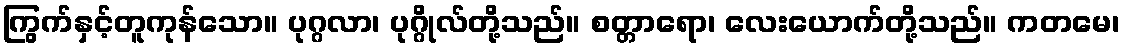
ကြွက်နှင့်တူကုန်သော။ ပုဂ္ဂလာ၊ ပုဂ္ဂိုလ်တို့သည်။ စတ္တာရော၊ လေးယောက်တို့သည်။ ကတမေ၊